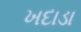
ખદાડા